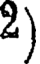
2)